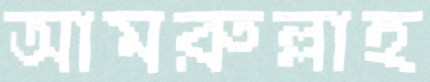
আমরুল্লাহ